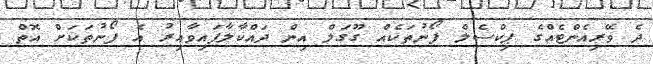
ދެ ވޭރިއެންޓެއްގެ ޕިކްސެލް ފޯނުތަކެއް ގޫގަލް އިން ދައްކާލާފައިވާއިރު އެ ފޯނުތަކަށް އޮތް